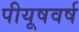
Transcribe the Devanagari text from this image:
पीयूषवर्ष